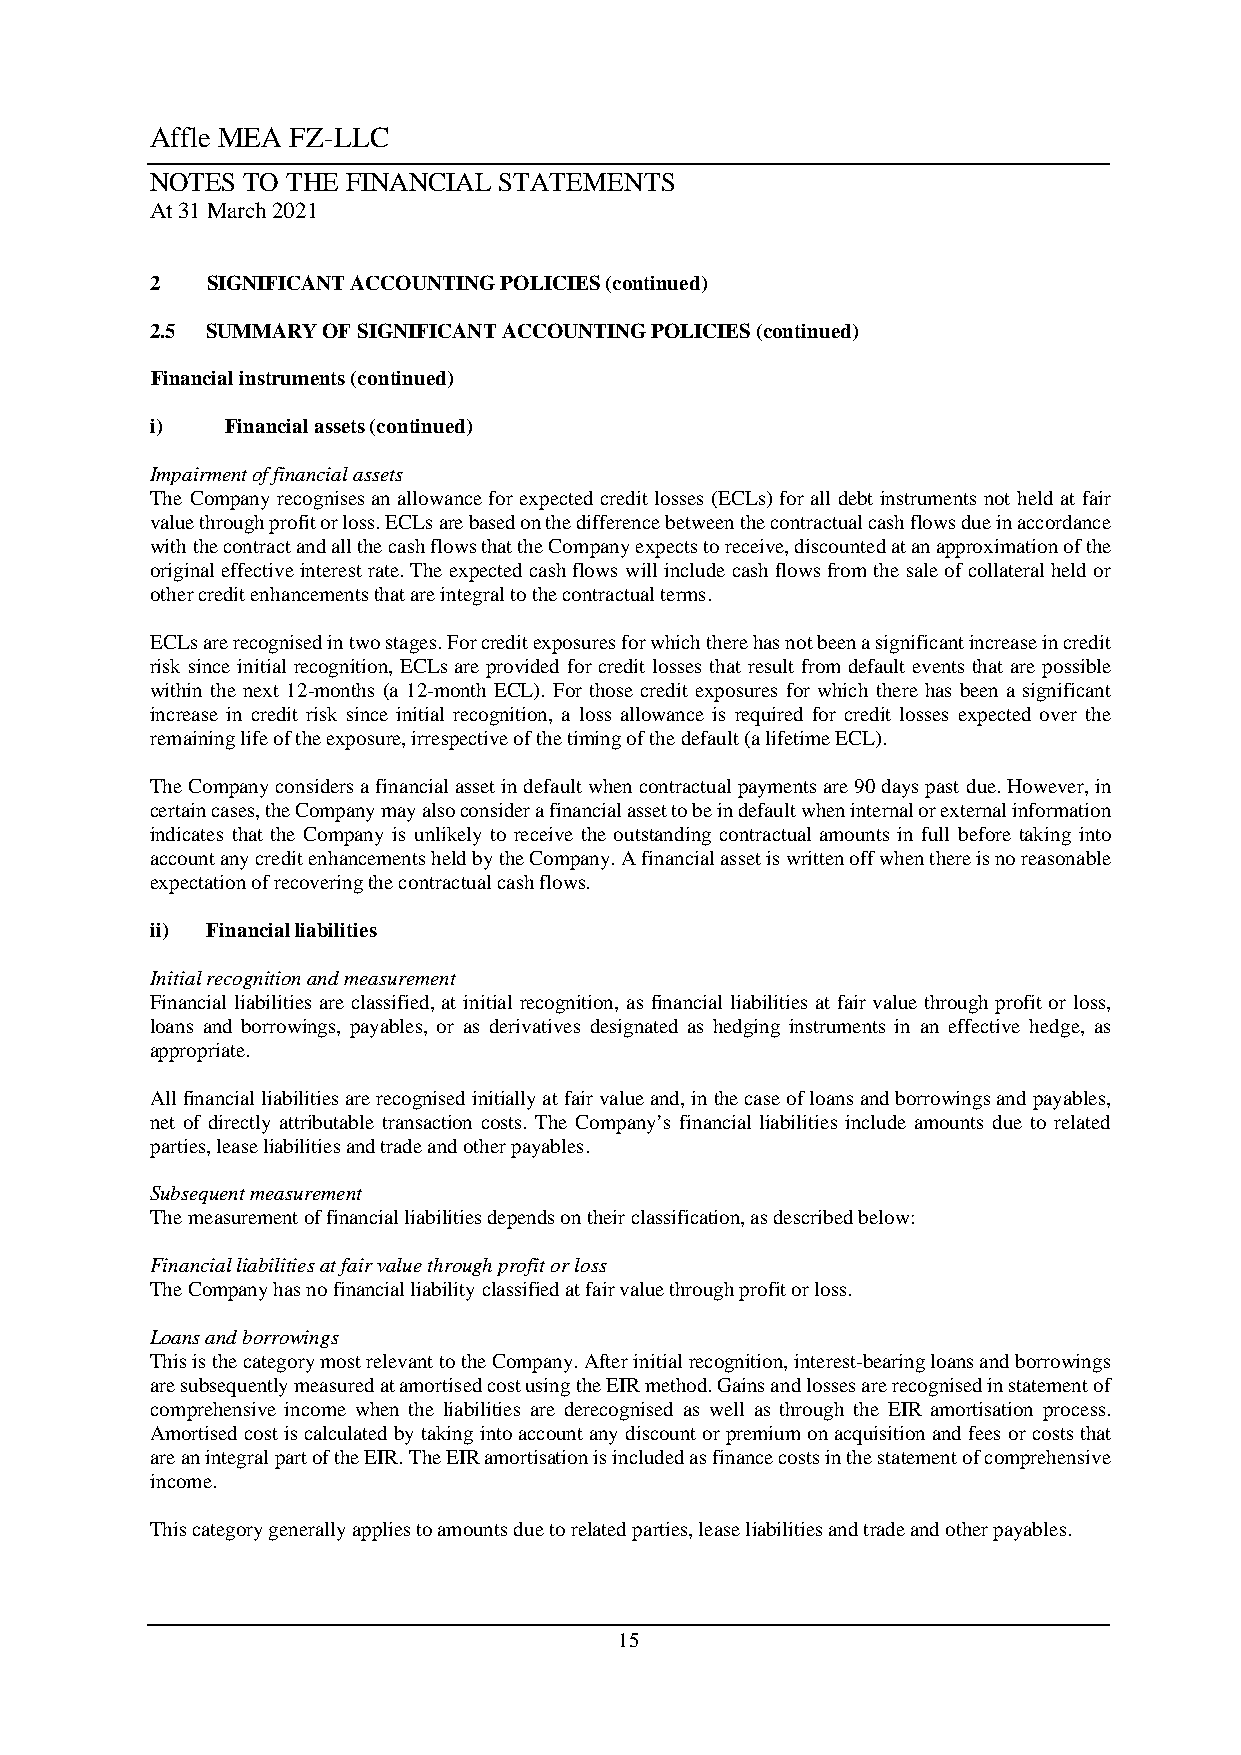
Affle MEA FZ-LLC
 NOTES TO THE FINANCIAL STATEMENTS
 At 31 March 2021
 2   SIGNIFICANT ACCOUNTING POLICIES (continued)
 2.5 SUMMARY OF SIGNIFICANT ACCOUNTING POLICIES (continued)
 Financial instruments (continued)
 i)   Financial assets (continued)
 Impairment of financial assets
 The Company recognises an allowance for expected credit losses (ECLs) for all debt instruments not held at fair
 value through profit or loss. ECLs are based on the difference between the contractual cash flows due in accordance
 with the contract and all the cash flows that the Company expects to receive, discounted at an approximation of the
 original effective interest rate. The expected cash flows will include cash flows from the sale of collateral held or
 other credit enhancements that are integral to the contractual terms.
 ECLs are recognised in two stages. For credit exposures for which there has not been a significant increase in credit
 risk since initial recognition, ECLs are provided for credit losses that result from default events that are possible
 within the next 12-months (a 12-month ECL). For those credit exposures for which there has been a significant
 increase in credit risk since initial recognition, a loss allowance is required for credit losses expected over the
 remaining life of the exposure, irrespective of the timing of the default (a lifetime ECL).
 The Company considers a financial asset in default when contractual payments are 90 days past due. However, in
 certain cases, the Company may also consider a financial asset to be in default when internal or external information
 indicates that the Company is unlikely to receive the outstanding contractual amounts in full before taking into
 account any credit enhancements held by the Company. A financial asset is written off when there is no reasonable
 expectation of recovering the contractual cash flows.
 ii) Financial liabilities
 Initial recognition and measurement
 Financial liabilities are classified, at initial recognition, as financial liabilities at fair value through profit or loss,
 loans and borrowings, payables, or as derivatives designated as hedging instruments in an effective hedge, as
 appropriate.
 All financial liabilities are recognised initially at fair value and, in the case of loans and borrowings and payables,
 net of directly attributable transaction costs. The Company’s financial liabilities include amounts due to related
 parties, lease liabilities and trade and other payables.
 Subsequent measurement
 The measurement of financial liabilities depends on their classification, as described below:
 Financial liabilities at fair value through profit or loss
 The Company has no financial liability classified at fair value through profit or loss.
 Loans and borrowings
 This is the category most relevant to the Company. After initial recognition, interest-bearing loans and borrowings
 are subsequently measured at amortised cost using the EIR method. Gains and losses are recognised in statement of
 comprehensive income when the liabilities are derecognised as well as through the EIR amortisation process.
 Amortised cost is calculated by taking into account any discount or premium on acquisition and fees or costs that
 are an integral part of the EIR. The EIR amortisation is included as finance costs in the statement of comprehensive
 income.
 This category generally applies to amounts due to related parties, lease liabilities and trade and other payables.
 15